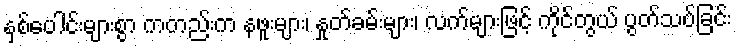
နှစ်ပေါင်းများစွာ ကတည်းက နဖူးများ၊ နှုတ်ခမ်းများ၊ လက်များဖြင့် ကိုင်တွယ် ပွတ်သပ်ခြင်း